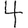
Digit: 4